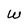
Character: W